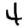
Digit: 4